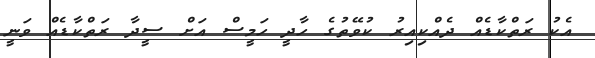
އެކު ރަތްކާޑެއް ދެއްކިއިރު ކުވޭތުގެ ހާދީ ހަމީސް އަށް ސީދާ ރަތްކާޑެއް ވަނީ